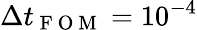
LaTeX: \Delta t_{\mathrm{~F~O~M~}}=10^{-4}